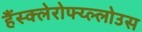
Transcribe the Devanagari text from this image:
हैंस्क्लेरोफ्य्ल्लोउस